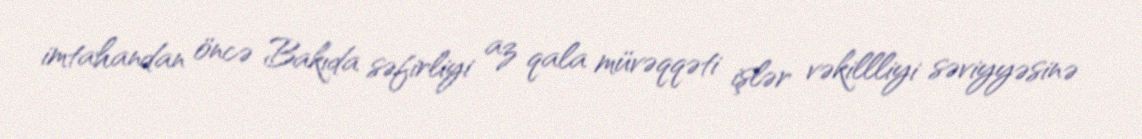
imtahandan öncə Bakıda səfirliyi az qala müvəqqəti işlər vəkillliyi səviyyəsinə